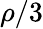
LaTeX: \rho/3